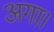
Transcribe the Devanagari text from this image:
अगा।